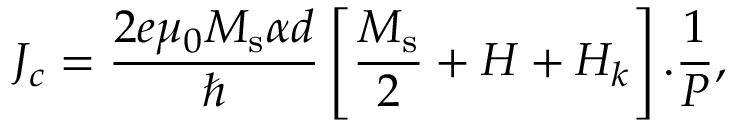
J _ { c } = \frac { 2 e \mu _ { 0 } M _ { \mathrm { s } } \alpha d } { \hbar } \left[ \frac { M _ { \mathrm { s } } } { 2 } + H + H _ { k } \right] . \frac { 1 } { P } ,